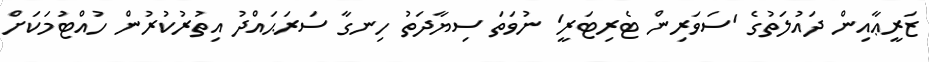
ޒަރީޢާއިން ދައުލަތުގެ 'ސަވަރިން ޓެރިޓަރީ' ނުވަތަ ސިޔާދަތު ހިނގާ ސަރަޙައްދު އިތުރުކުރުން ހުއްޓުމަކަށް